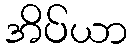
အိပ်ယာ